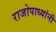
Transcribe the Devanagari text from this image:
राजोपाध्यांनी